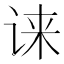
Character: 𫍧